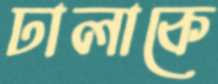
ঢালাকে